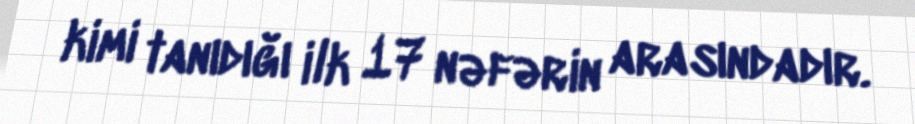
kimi tanıdığı ilk 17 nəfərin arasındadır.